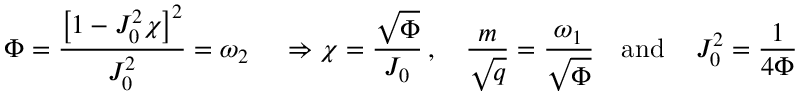
\Phi = \frac { \big [ 1 - J _ { 0 } ^ { 2 } \chi \big ] ^ { 2 } } { J _ { 0 } ^ { 2 } } = \omega _ { 2 } \, \quad \Rightarrow \chi = \frac { \sqrt { \Phi } } { J _ { 0 } } \, , \quad \frac { m } { \sqrt { q } } = \frac { \omega _ { 1 } } { \sqrt { \Phi } } \quad \mathrm { a n d } \, \quad J _ { 0 } ^ { 2 } = \frac { 1 } { 4 \Phi }